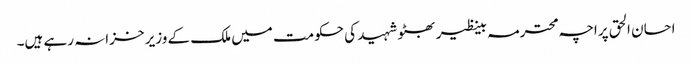
احسان الحق پراچہ محترمہ بینظیر بھٹو شہید کی حکومت میں ملک کے وزیر خزانہ رہے ہیں۔